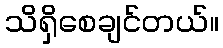
သိရှိစေချင်တယ်။